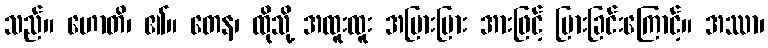
သည်။ ဟောတိ၊ ၏။ တေန၊ ထိုသို့ အထူးထူး အပြားပြား အားဖြင့် ပြားခြင်းကြောင့်။ အဿာ၊